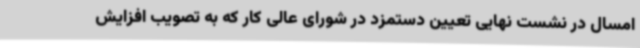
امسال در نشست نهایی تعیین دستمزد در شورای عالی کار که به تصویب افزایش